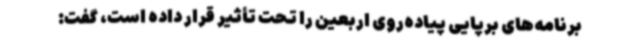
برنامه‌های برپایی پیاده‌روی اربعین را تحت تأثیر قرار داده است، گفت: